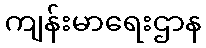
ကျန်းမာရေးဌာန